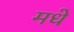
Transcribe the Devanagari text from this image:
मधे